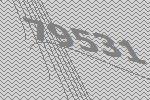
79531